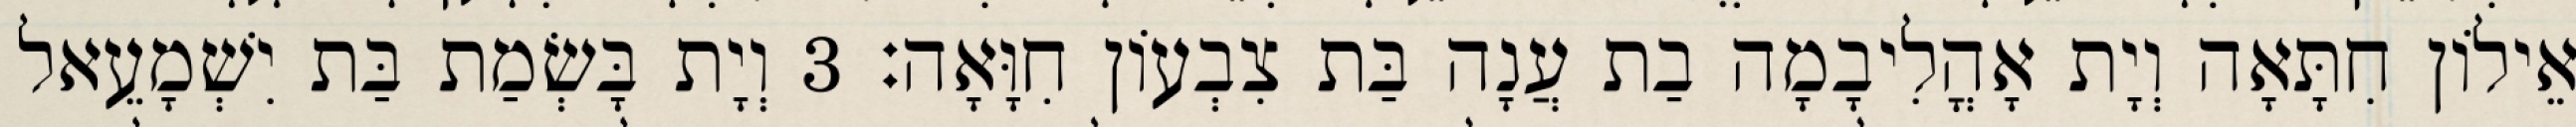
אֵילוֹן חִתָּאָה וְיָת אָהֳלִיבָמָה בַת עֲנָה בַּת צִבְעוֹן חִוָּאָה׃ 3 וְיָת בָּשְׂמַת בַּת יִשְׁמָעֵאל